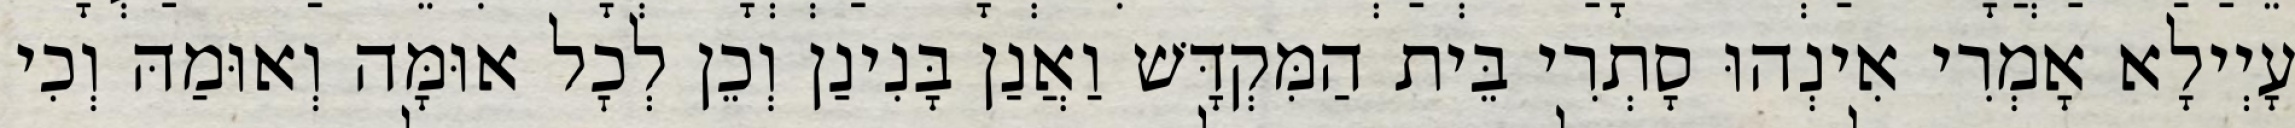
עָיְילָא אָמְרִי אִינְהוּ סָתְרִי בֵּית הַמִּקְדָּשׁ וַאֲנַן בָּנִינַן וְכֵן לְכׇל אוּמָּה וְאוּמַהּ וְכִי